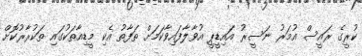
ކުރީގެ ރައީސް އުމަރު ނަސީރު އައިޑީޕީ އުވާލާފައިވާކަމަށް ތަފާތު އެކި މީޑިއާތަކުގައި ތަކުރާރުކޮށް